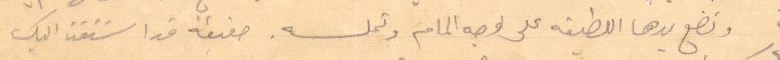
وتضع يدها اللطيفة على وجه المام وتملسه. حقيقة قدا استقلت اليك